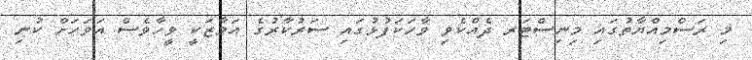
މި ރަސްމިއްޔާތުގައި މިނިސްޓަރ ދެއްކެވި ވާހަކަފުޅުގައި ސަރުކާރުގެ އަމާޒަކީ ވީހާވެސް އަވަހަށް ކުނި